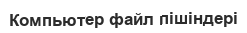
Компьютер файл пішіндері